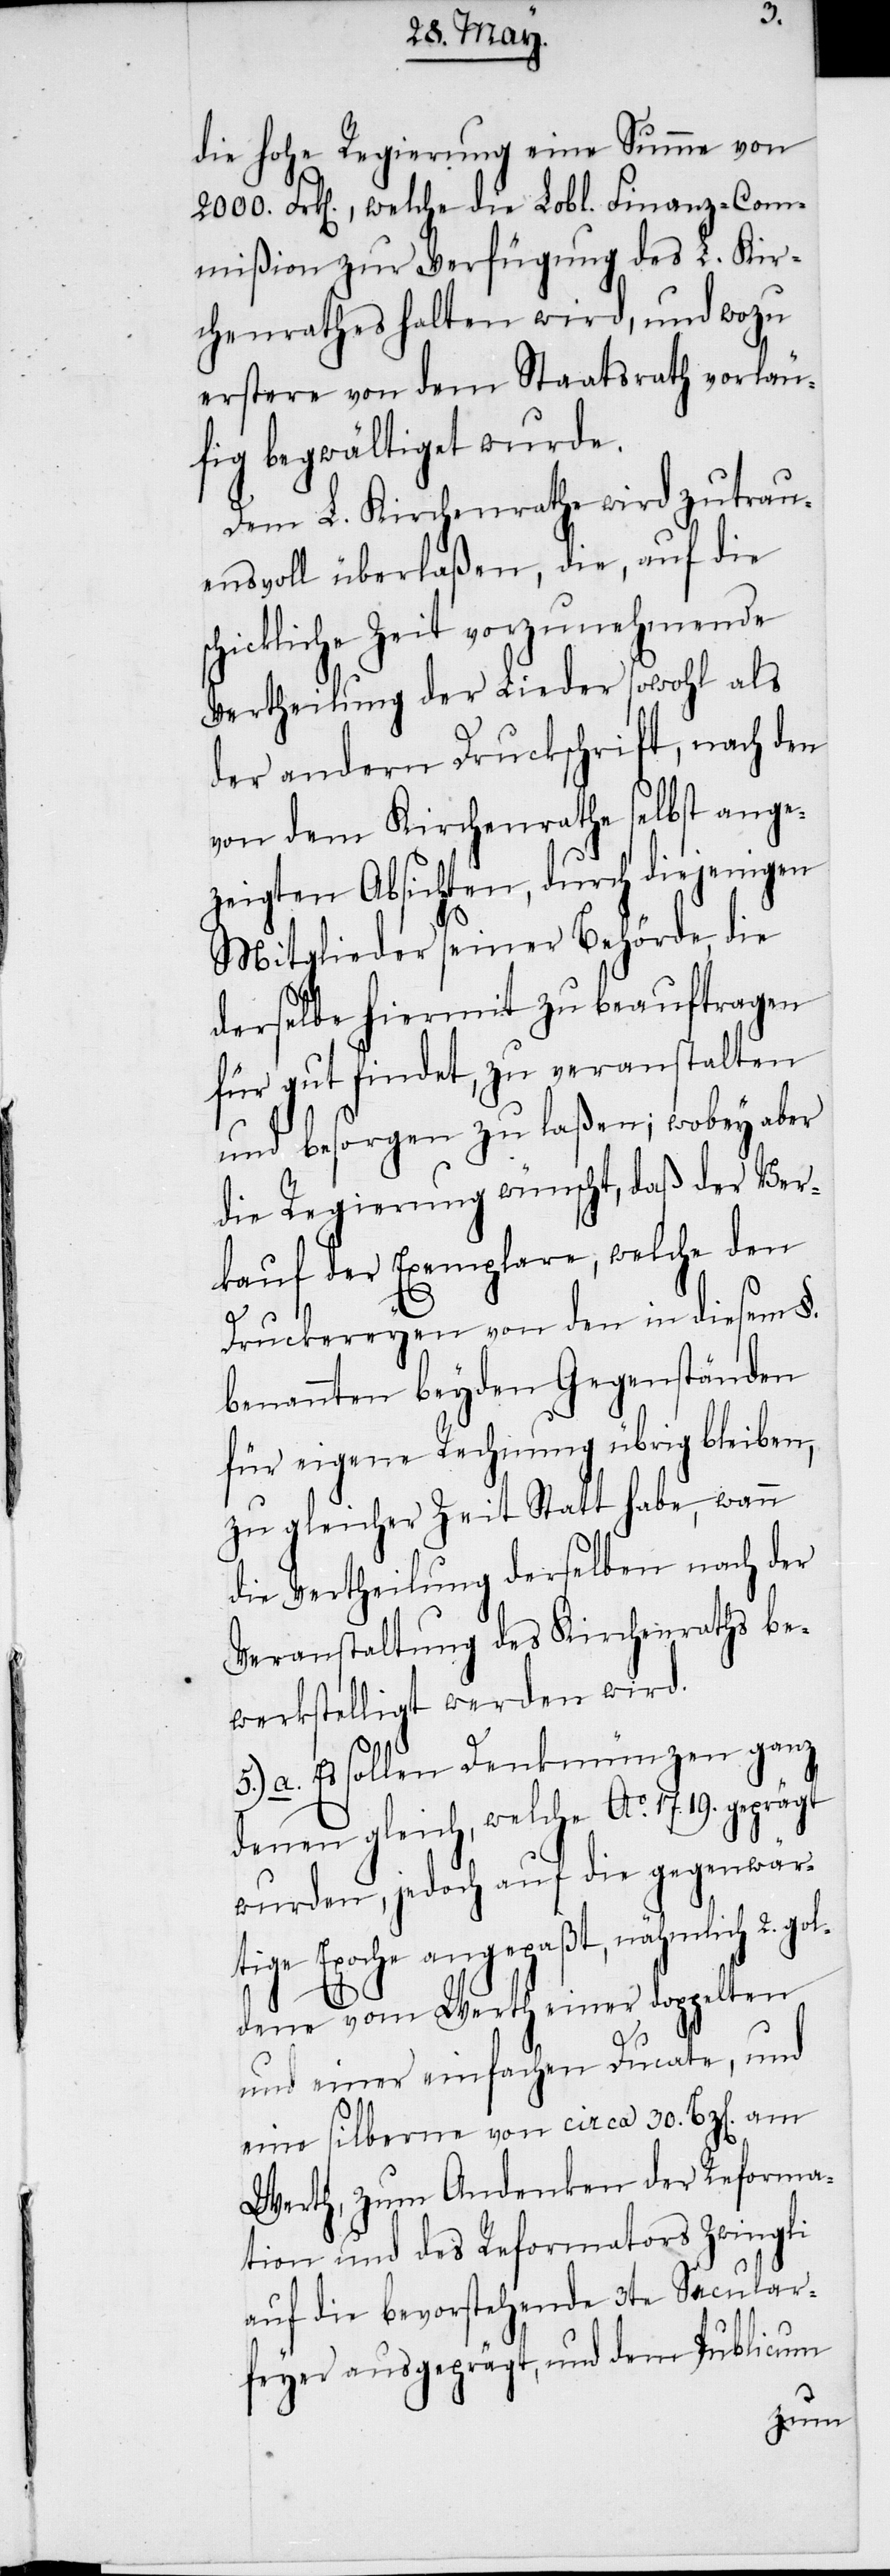
die hohe Regierung eine Summe von
2000. Frk[en]., welche die Lobl. Finanz-Com¬
mißion zur Verfügung des L. Kir¬
chenrathes halten wird, und wozu
erstere von dem Staatsrath vorläu¬
fig begwältiget wurde.
Dem L. Kirchenrathe wird zutrau¬
ensvoll überlaßen, die, auf die
hickliche Zeit vorzunehmende
Vertheilung der Lieder sowohl als
der andern Druckschrift, nach den
von dem Kirchenrathe selbst ange¬
zeigten Absichten, durch diejenigen
Mitglieder seiner Behörde, die
derselbe hiermit zu beauftragen
für gut findet, zu veranstalten
und besorgen zu laßen; wobey aber
die Regierung wünscht, daß der Ver¬
kauf der Exemplare, welche den
Druckereyen von den in diesem §.
benannten beyden Gegenständen
für eigene Rechnung übrig bleiben,
zu gleicher Zeit Statt habe, wann
die Vertheilung derselben nach der
Veranstaltung des Kirchenraths be¬
werkstelligt werden wird.
5.) a. Es sollen Denkmünzen ganz
denen gleich, welche Ao. 1719. geprägt
wurden, jedoch auf die gegenwär¬
tige Epoche angepaßt, nähmlich 2. g¬
oldene vom Werth einer doppelten
und einer einfachen Ducate, und
sc¬
eine silberne von circa 30. Bz[en]. am
Werth, zum Andenken der Reforma¬
tion und des Reformators Zwingli
auf die bevorstehende 3te Secular¬
feyer ausgeprägt, und dem Publicum